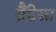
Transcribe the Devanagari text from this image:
ग्रैंडेसा